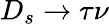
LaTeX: D_{s}\to\tau\nu